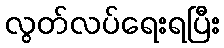
လွတ်လပ်ရေးရပြီး